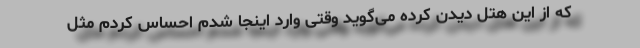
که از این هتل دیدن کرده می‌گوید وقتی وارد اینجا شدم احساس کردم مثل